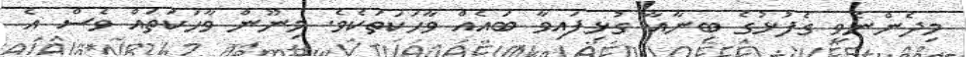
މިދެންނެވީ ގެފުޅުގެ ބިނާއާ ގުޅިފައިވާ ބައެއް ވާހަކަތަކެވެ. މިނޫން ވާހަކަތައް ވެސް އެ